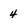
Character: 4